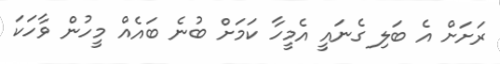
ރަށަށް އެ ބަލި ގެނައީ އެމީހާ ކަމަށް ބުނެ ބައެއް މީހުން ވާހަކަ